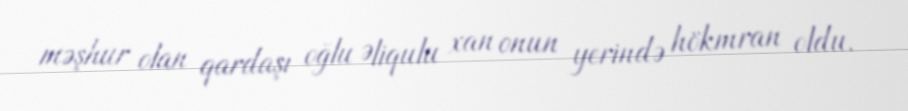
məşhur olan qardaşı oğlu Əliqulu xan onun yerində hökmran oldu.